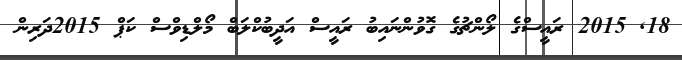
18